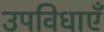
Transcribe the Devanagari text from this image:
उपविधाएँ